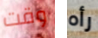
وقت رأه